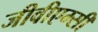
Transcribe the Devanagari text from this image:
जीवीएम्सी